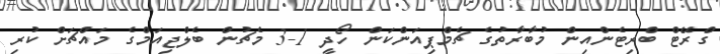
ގްރޭޓް ބްރިޓެންއިން މުބާރާތުގެ ޗެމްޕިއަންކަން ހޯދީ 1-3 މެޗުން ބެލްޖިއަމްގެ މައްޗަށް ކުރި